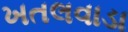
ખતલવાડા